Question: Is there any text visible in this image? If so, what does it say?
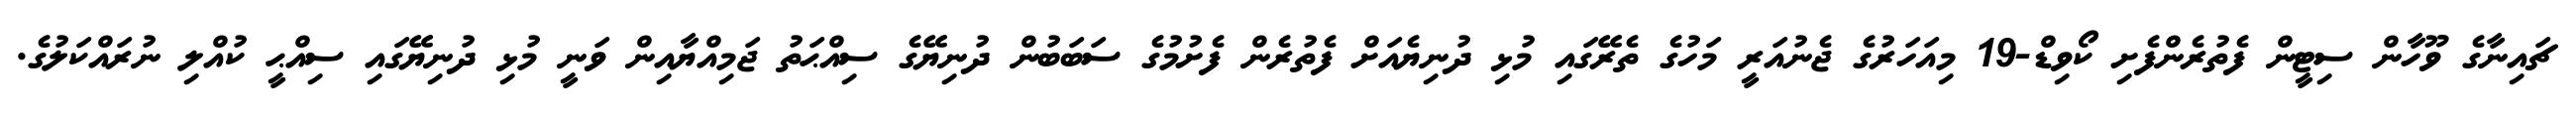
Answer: ޗައިނާގެ ވޫހާން ސިޓީން ފެތުރެންފެށި ކޯވިޑް-19 މިއަހަރުގެ ޖެނުއަރީ މަހުގެ ތެރޭގައި މުޅި ދުނިޔެއަށް ފެތުރެން ފެށުމުގެ ސަބަބުން ދުނިޔޭގެ ސިއްޙަތު ޖަމިއްޔާއިން ވަނީ މުޅި ދުނިޔޭގައި ސިއްޙީ ކުއްލި ނުރައްކަލުގެ.